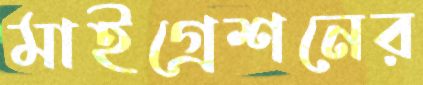
মাইগ্রেশনের